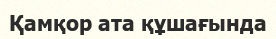
Қамқор ата құшағында